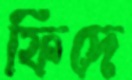
ফিদে